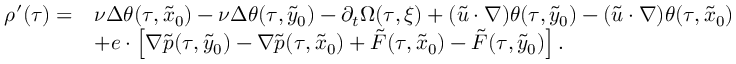
\begin{array} { r l } { \rho ^ { \prime } ( \tau ) = } & { \nu \Delta \theta ( \tau , \tilde { x } _ { 0 } ) - \nu \Delta \theta ( \tau , \tilde { y } _ { 0 } ) - \partial _ { t } \Omega ( \tau , \xi ) + ( \widetilde u \cdot \nabla ) \theta ( \tau , \tilde { y } _ { 0 } ) - ( \widetilde u \cdot \nabla ) \theta ( \tau , \tilde { x } _ { 0 } ) } \\ & { + e \cdot \left[ \nabla \tilde { p } ( \tau , \tilde { y } _ { 0 } ) - \nabla \tilde { p } ( \tau , \tilde { x } _ { 0 } ) + \tilde { F } ( \tau , \tilde { x } _ { 0 } ) - \tilde { F } ( \tau , \tilde { y } _ { 0 } ) \right] . } \end{array}